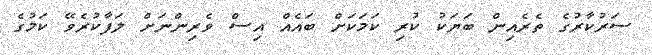
ސަރުކާރުގެ ތެރެއިން ބަޔަކު ކުރި ކަމަކަށް ބައެއް އިސް ވެރިންނަށް ލަފާކުރެވޭ ކަމުގެ